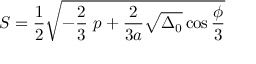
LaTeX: S = { \frac { 1 } { 2 } } { \sqrt { - { \frac { 2 } { 3 } } \ p + { \frac { 2 } { 3 a } } { \sqrt { \Delta _ { 0 } } } \cos { \frac { \phi } { 3 } } } }